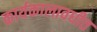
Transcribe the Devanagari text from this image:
कार्यकालावधीत